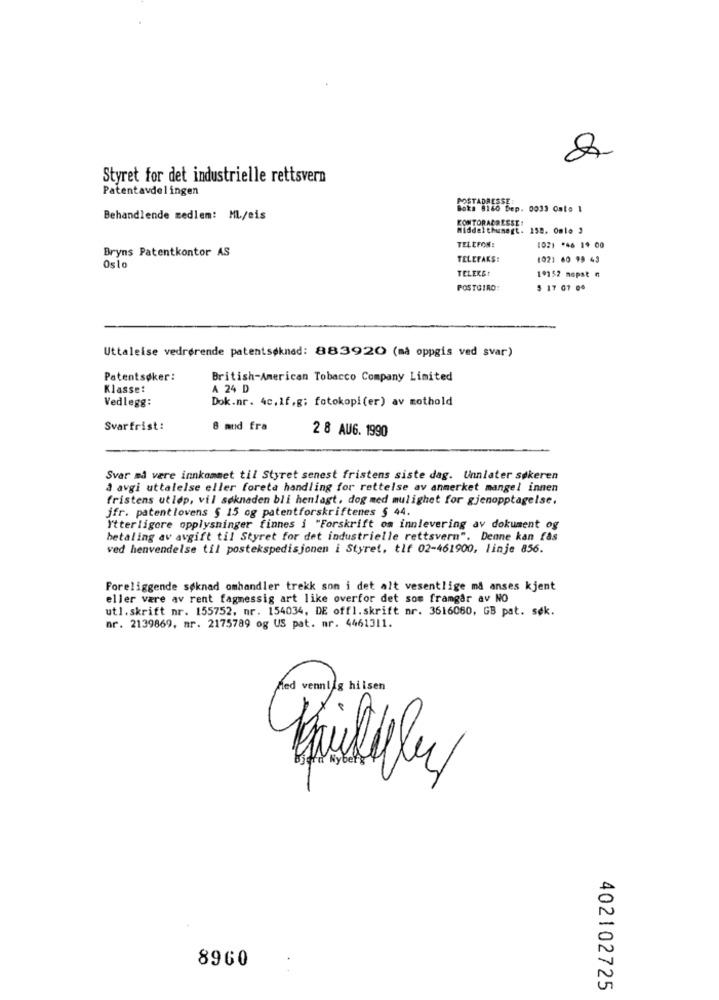
Styret for det industrielle rettsvern
Patentavdelingen
POSTADRESSE:
Boks 8160 Dep. 0033 Osto 1
Behandlende medlem: ML/eis
KONTORADRESSE!
Middel thumegt. 158. Omle 3
Bryns Patentkontor AS
TELEFON:
102) *46 1. 00
TELEFAKS:
1021 60 99 43
Oslo
TELEKS:
19152 mopst n
POSTGIRO:
$ 17 07 0%
Uttaleise vedrørende patentsøknad: 883920 (må oppgis ved svar)
Patentsøker:
British-American Tobacco Company Limited
Klasse:
A 24 D
Vedlegg:
Dok.nr. 4c.if.g; fotokopi(er) av mothold
Svarfrist:
8 mnd fra
2 8 AUG. 1990
Svar må være innkommet til Styret senest fristens siste dag. Unnlater søkeren
à avgi uttalelse eller foreta handling for rettelse av anmerket mangel innen
fristens utløp, vil søknaden bli henlagt, dog med mulighet for gjenopptagelse.
jfr. patentlovens § 15 og patentforskriftenes § 44.
Ytterligere opplysninger finnes i "Forskrift om innlevering av dokument og
betaling av avgift til Styret for det industrielle rettsvern". Denne kan fås
ved henvendelse til postekspedisjonen i Styret, tlf 02-461900, linje 856.
Foreliggende søknad omhandler trekk son i det alt vesentlige må anses kjent
eller være av rent fagmessig art like overfor det som framgår av NO
ut1.skrift nr. 155752, nr. 154034, DE offl.skrift nr. 3616060, GB pat. sek.
nr. 2139869, mr. 2175789 og US pat. mr. 4461311.
Med vennlig hilsen
8960
402102725